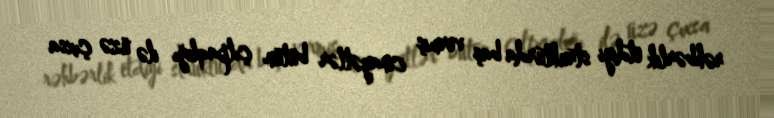
rəhbərlik etdiyi strukturda baş vermiş cinayətlər bütün çılpaqlığı ilə üzə çıxsa